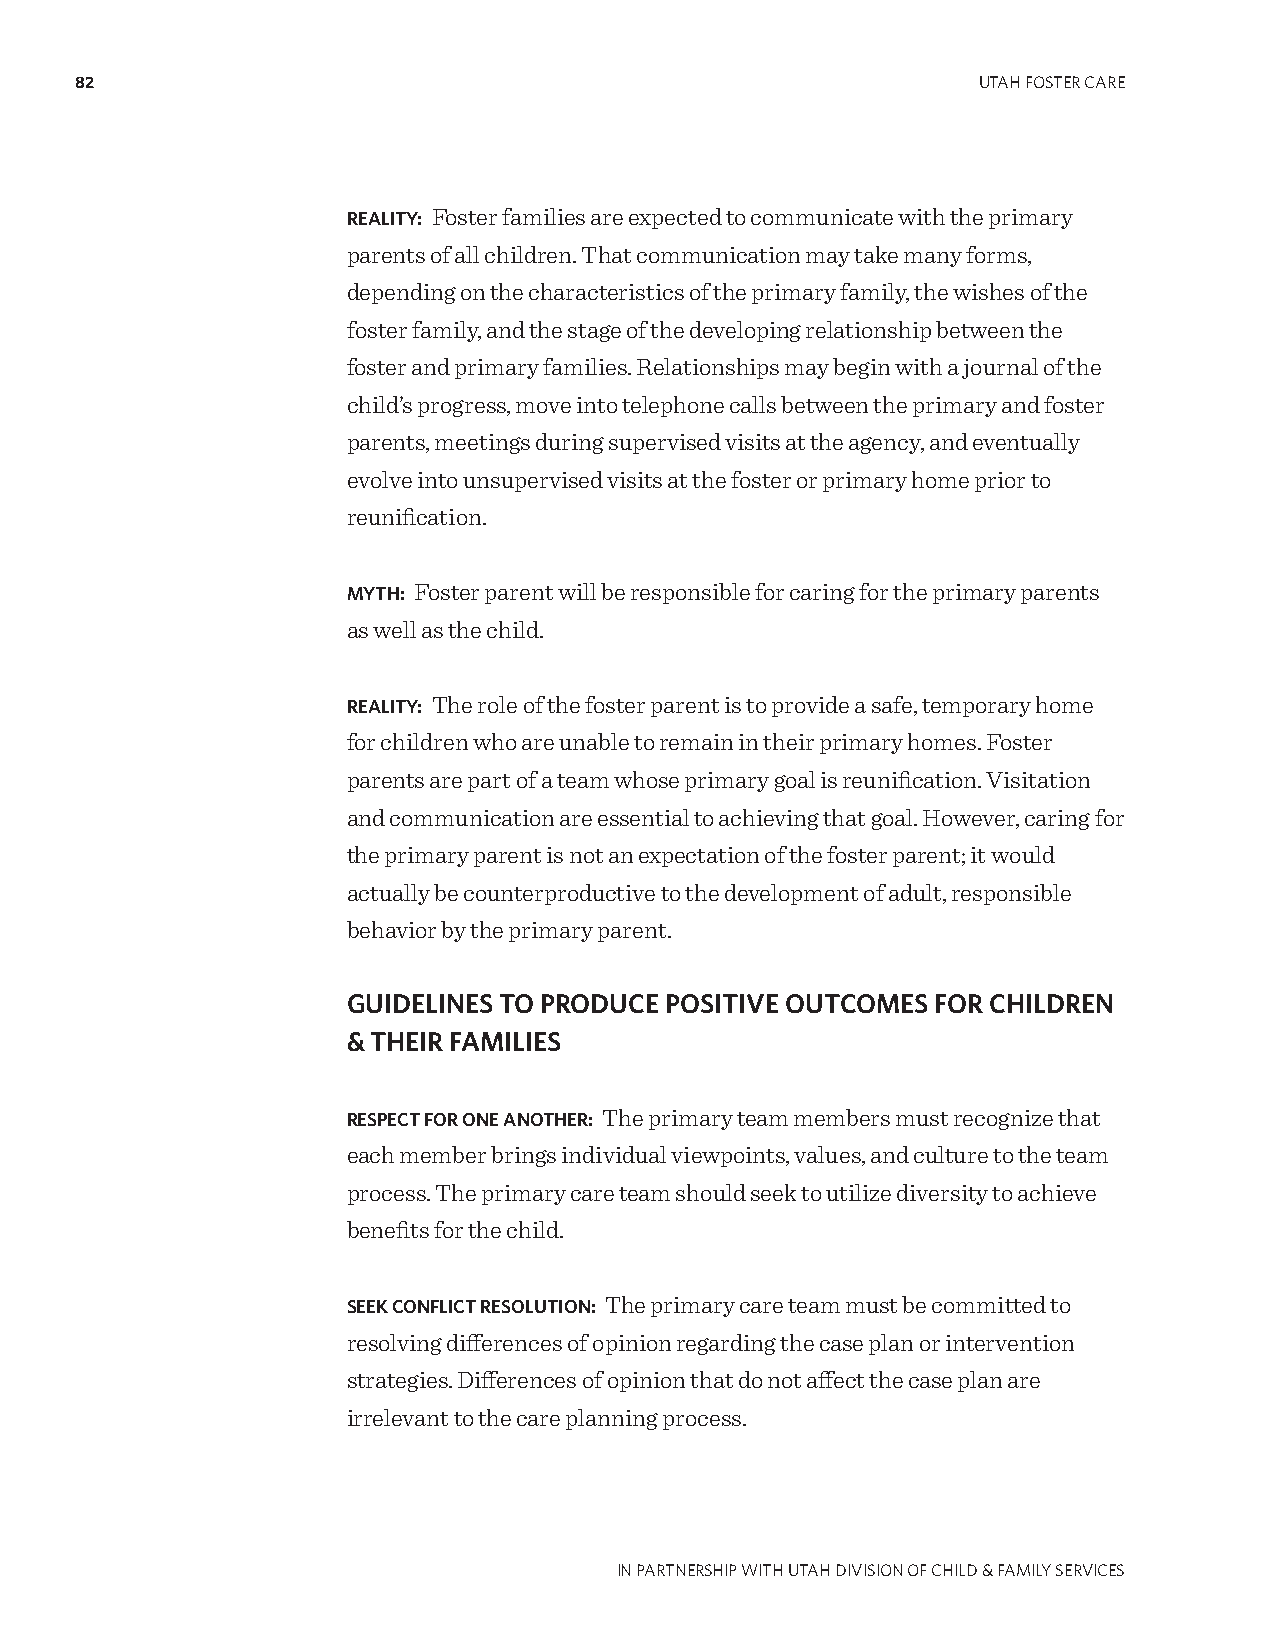
82                                                          UTAH FOSTER CARE
 REALITY: Foster families are expected to communicate with the primary
 parents of all children. That communication may take many forms,
 depending on the characteristics of the primary family, the wishes of the
 foster family, and the stage of the developing relationship between the
 foster and primary families. Relationships may begin with a journal of the
 child’s progress, move into telephone calls between the primary and foster
 parents, meetings during supervised visits at the agency, and eventually
 evolve into unsupervised visits at the foster or primary home prior to
 reunification.
 MYTH: Foster parent will be responsible for caring for the primary parents
 as well as the child.
 REALITY: The role of the foster parent is to provide a safe, temporary home
 for children who are unable to remain in their primary homes. Foster
 parents are part of a team whose primary goal is reunification. Visitation
 and communication are essential to achieving that goal. However, caring for
 the primary parent is not an expectation of the foster parent; it would
 actually be counterproductive to the development of adult, responsible
 behavior by the primary parent.
 GUIDELINES TO PRODUCE POSITIVE OUTCOMES FOR CHILDREN
 & THEIR FAMILIES
 RESPECT FOR ONE ANOTHER: The primary team members must recognize that
 each member brings individual viewpoints, values, and culture to the team
 process. The primary care team should seek to utilize diversity to achieve
 benefits for the child.
 SEEK CONFLICT RESOLUTION: The primary care team must be committed to
 resolving differences of opinion regarding the case plan or intervention
 strategies. Differences of opinion that do not affect the case plan are
 irrelevant to the care planning process.
 IN PARTNERSHIP WITH UTAH DIVISION OF CHILD & FAMILY SERVICES